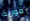
فورية